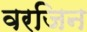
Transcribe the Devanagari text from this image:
वरजिन